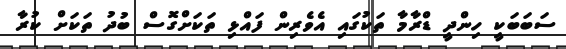
ސަބަބަކީ ހިންދީ ޑްރާމާ ތަކުގައި އެވެރިން ފައްޅި ތަކަށްގޮސް ބުދު ތަކަށް ކުރާ